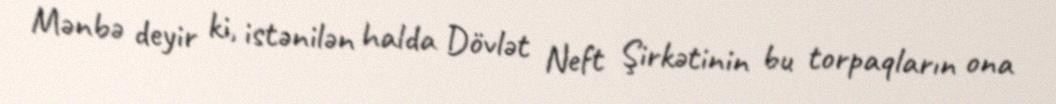
Mənbə deyir ki, istənilən halda Dövlət Neft Şirkətinin bu torpaqların ona